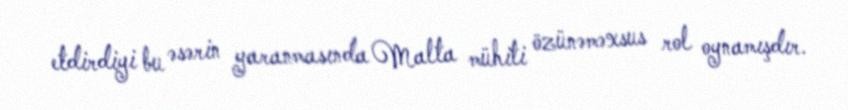
etdirdiyi bu əsərin yaranmasında Malta mühiti özünəməxsus rol oynamışdır.